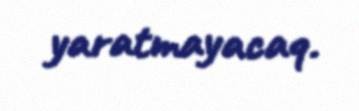
yaratmayacaq.